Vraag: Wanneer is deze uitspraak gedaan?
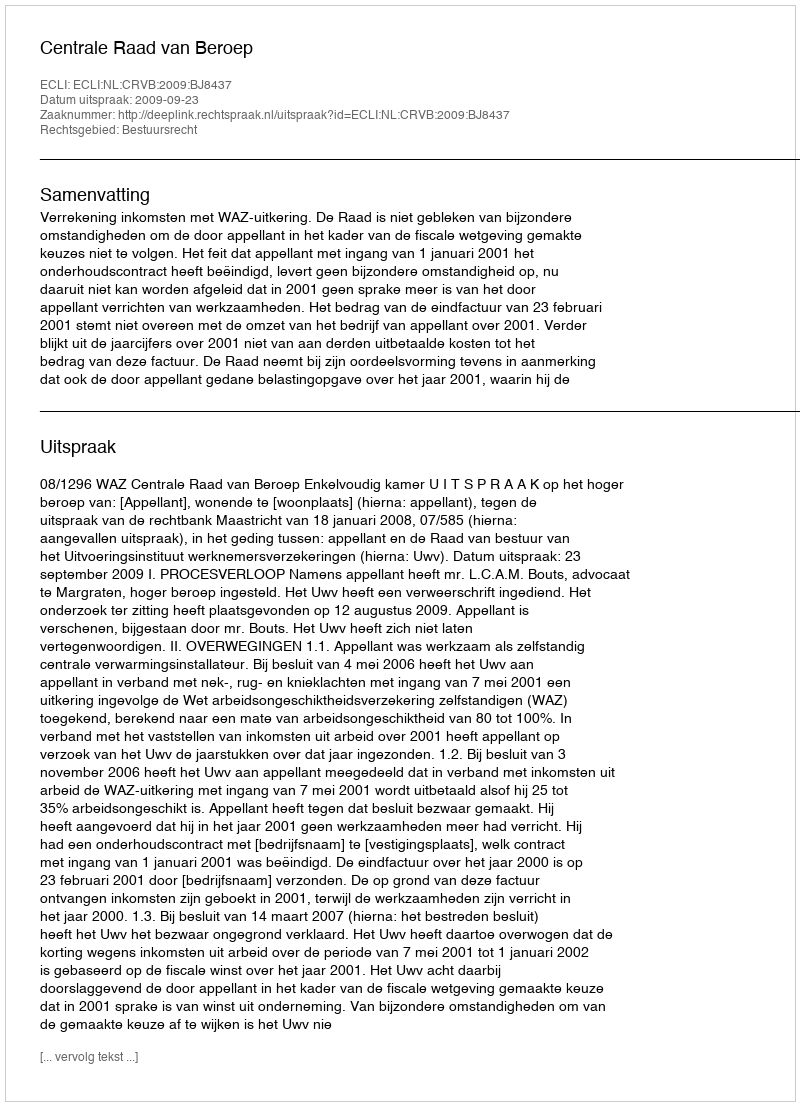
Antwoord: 2009-09-23